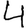
Digit: 4